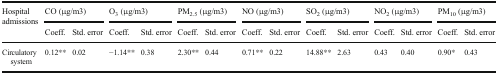
| <ROWSPAN=2> Hospital admissions | <COLSPAN=2> CO (μg/m3) | <COLSPAN=2> O3 (μg/m3) | <COLSPAN=2> PM2.5 (μg/m3) | <COLSPAN=2> NO (μg/m3) | <COLSPAN=2> SO2 (μg/m3) | <COLSPAN=2> NO2 (μg/m3) | <COLSPAN=2> PM10 (μg/m3) |
 | Coeff. | Std. error | Coeff. | Std. error | Coeff. | Std. error | Coeff. | Std. error | Coeff. | Std. error | Coeff. | Std. error | Coeff. | Std. error |
 | --- | --- | --- | --- | --- | --- | --- | --- | --- | --- | --- | --- | --- | --- | --- |
 | Circulatory system | 0.12** | 0.02 | −1.14** | 0.38 | 2.30** | 0.44 | 0.71** | 0.22 | 14.88** | 2.63 | 0.43 | 0.40 | 0.90* | 0.43 |